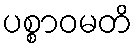
ပစ္စာဝမတိ